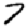
Digit: 7